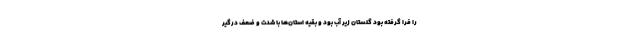
را فرا گرفته بود گلستان زیر آب بود و بقیه استان‌ها با شدت و ضعف درگیر